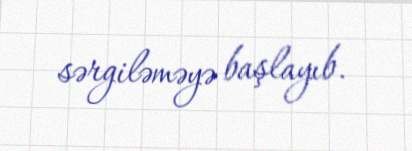
sərgiləməyə başlayıb.